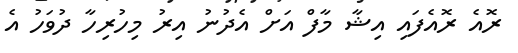
ރޮއެ ރޮއެފައި އިޝާ މާފް އަށް އެދުނު އިރު މިހުރިހާ ދުވަހު އެ